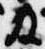
及